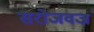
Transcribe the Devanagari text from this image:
सरोजवज्र